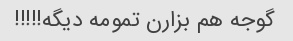
گوجه هم بزارن تمومه دیگه!!!!!